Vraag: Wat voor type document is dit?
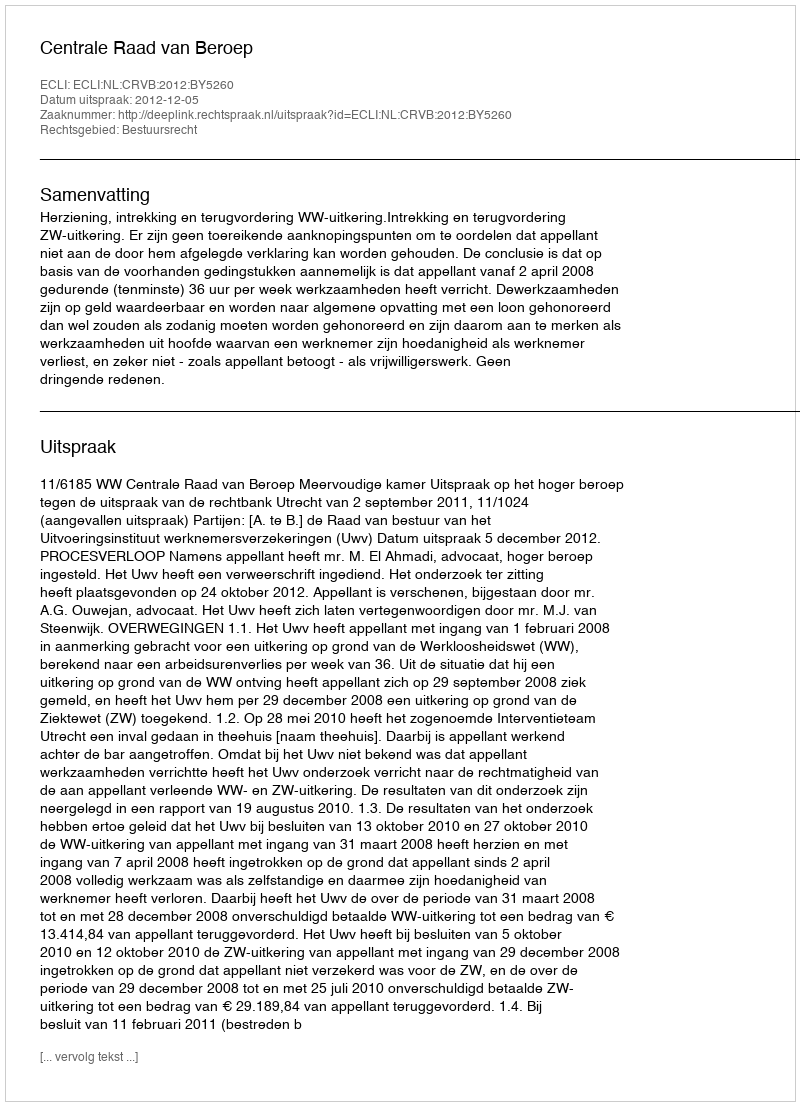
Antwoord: Uitspraak